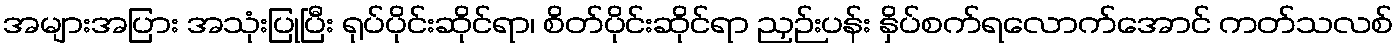
အများအပြား အသုံးပြုပြီး ရုပ်ပိုင်းဆိုင်ရာ၊ စိတ်ပိုင်းဆိုင်ရာ ညှဉ်းပန်း နှိပ်စက်ရလောက်အောင် ကတ်သလစ်